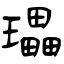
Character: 瓃